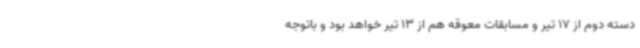
دسته دوم از 17 تیر و مسابقات معوقه هم از 13 تیر خواهد بود و باتوجه